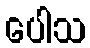
ပေါသ